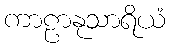
ကာဠာနုသာရိယံ